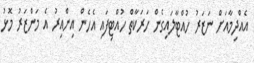
އެއްދިމާއަށް ނަޒަރު ހުއްޓާލައިގެން ހަރަކާތް ހުއްޓިފައި އެހެން އިންއިރު އެ މަންޒަރު މޮޅު